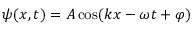
\psi ( x , t ) = A \cos ( k x - \omega t + \varphi )